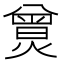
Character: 𤎯